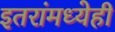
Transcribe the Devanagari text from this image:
इतरांमध्येही